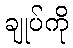
ချုပ်ကို